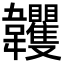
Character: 𩏺